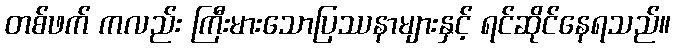
တစ်ဖက် ကလည်း ကြီးမားသောပြဿနာများနှင့် ရင်ဆိုင်နေရသည်။